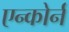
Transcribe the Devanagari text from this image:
एन्कोर्न